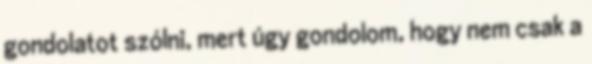
gondolatot szólni, mert úgy gondolom, hogy nem csak a